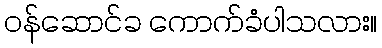
ဝန်ဆောင်ခ ကောက်ခံပါသလား။